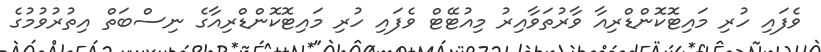
ވެފައި ހުރި މައިޓޮކޮންޑްރިއާ ވާރުތަވާއިރު މިއުޓޭޓް ވެފައި ހުރި މައިޓޮކޮންޑްރިއާގެ ނިސްބަތް އިތުރުވުމުގެ